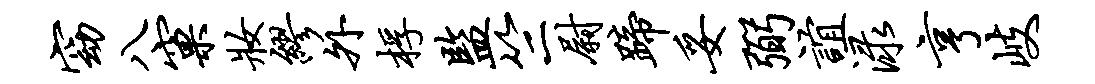
窈八窠妆缪外桴监竺尉蹄妥弼谊渌亨岐